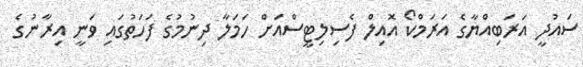
ސައުދީ އަރަބިއްޔާގެ އަރަމްކޯ އޮއިލް ފެސިލިޓީސްއަށް ހަމަލާ ދިނުމުގެ ފަހަތުގައި ވަނީ އިރާނުގެ